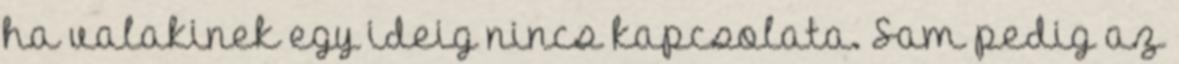
ha valakinek egy ideig nincs kapcsolata. Sam pedig az